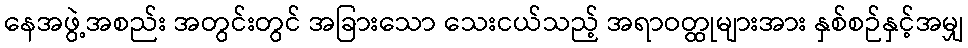
နေအဖွဲ့အစည်း အတွင်းတွင် အခြားသော သေးငယ်သည့် အရာဝတ္ထုများအား နှစ်စဉ်နှင့်အမျှ